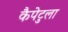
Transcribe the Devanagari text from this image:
कैपेटुला